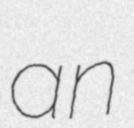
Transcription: an